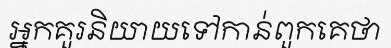
អ្នកគួរនិយាយទៅកាន់ពួកគេថា